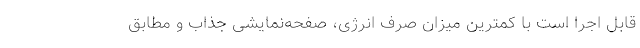
قابل اجرا است با کمترین میزان صرف انرژی، صفحه‌نمایشی جذاب و مطابق